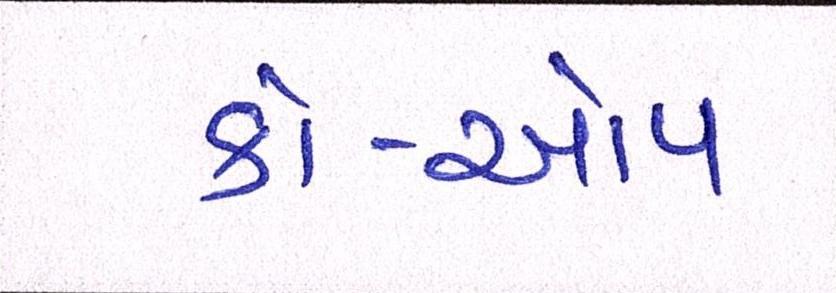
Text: કો-ઓપ